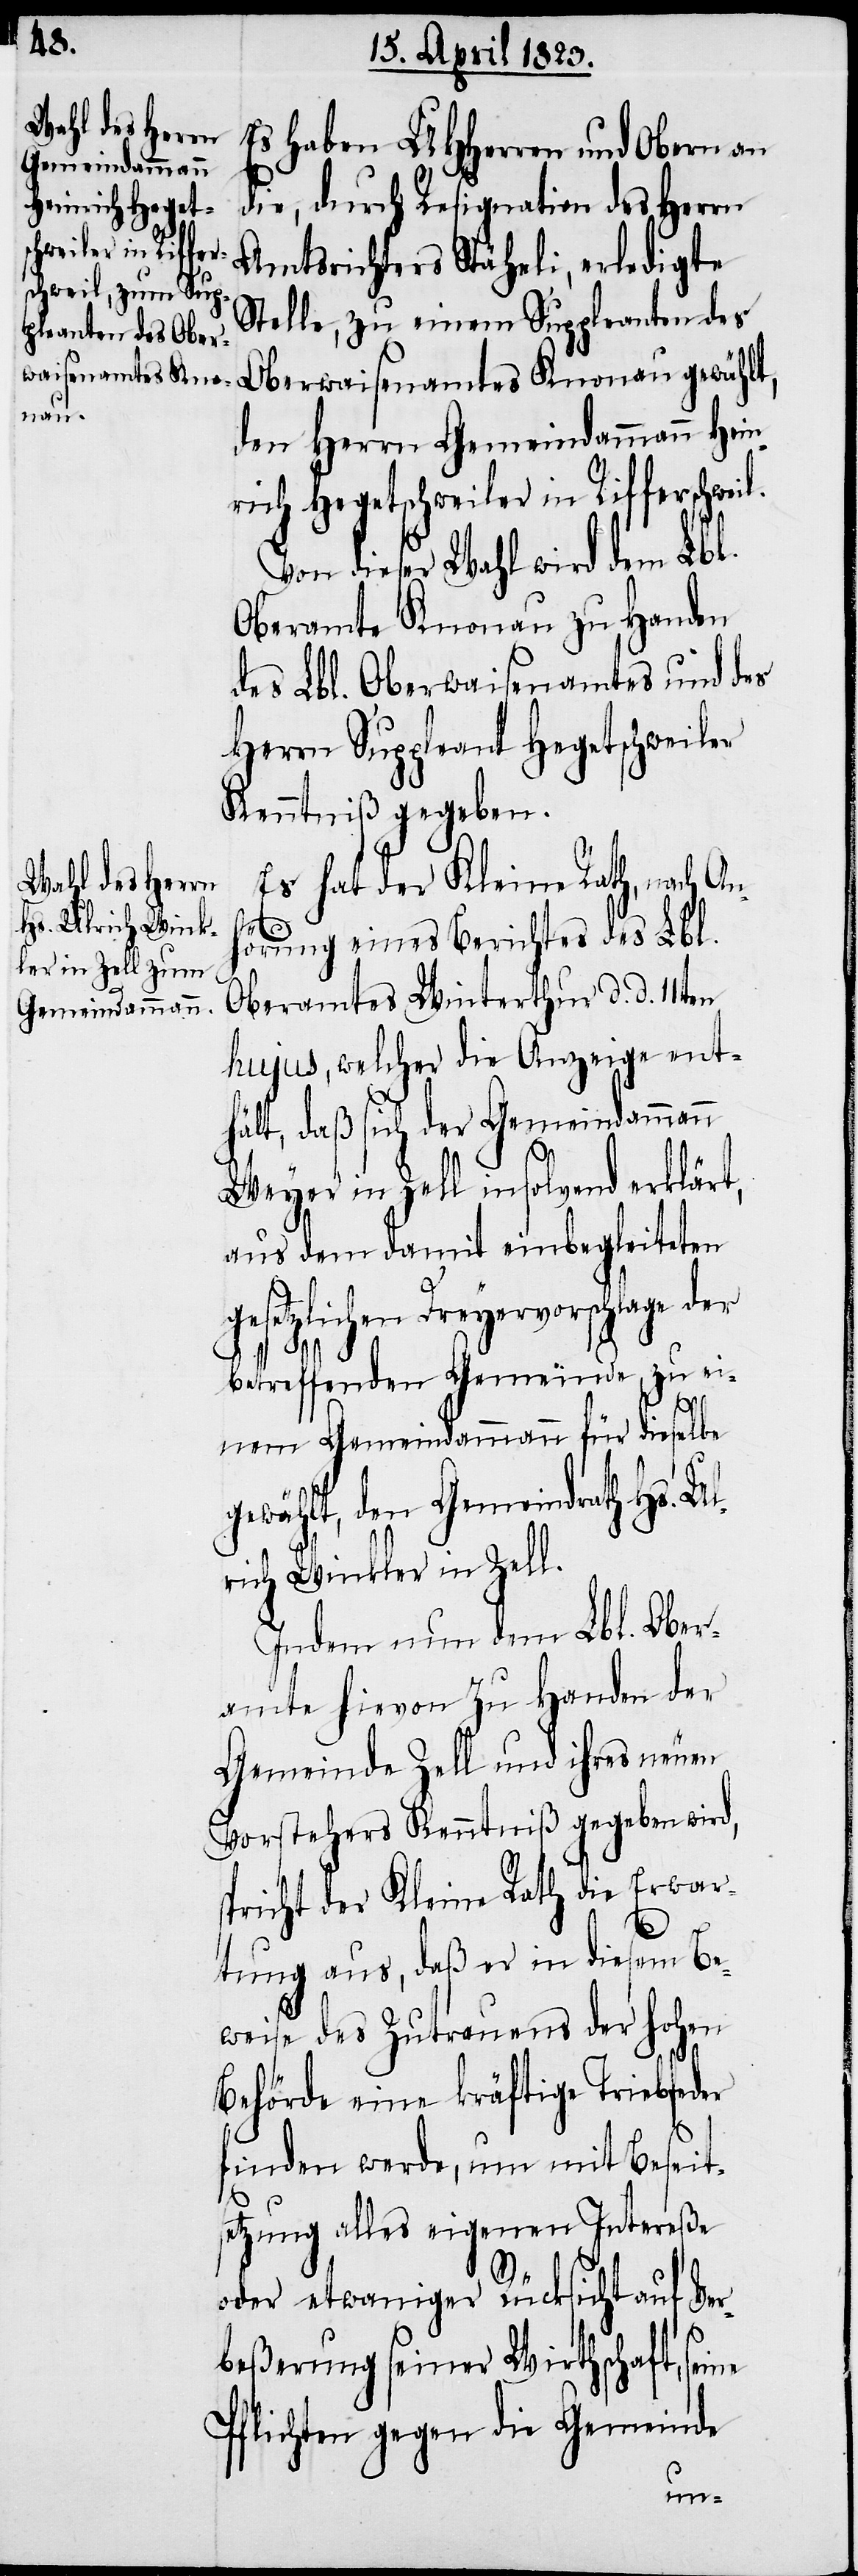
Es haben UHHerren und Obern an
die, durch Resignation des Herrn
Amtsrichters Stäheli, erledigte
Stelle, zu einem Suppleanten des
Oberwaisenamtes Knonau gewählt,
den Herrn Gemeindammann Hein¬
rich Hegetschweiler in Rifferschweil.
Von dieser Wahl wird dem Lbl.
Oberamte Knonau zu Handen
des Lbl. Oberwaisenamtes und des
Herrn Suppleant Hegetschweiler
Kenntniß gegeben.
Es hat der Kleine Rath, nach An¬
hörung eines Berichtes des Lbl.
Oberamtes Winterthur d. d. 11ten
hujus, welcher die Anzeige ent¬
hält, daß sich der Gemeindammann
Weyer in Zell insolvend erklärt,
aus dem damit einbegleiteten
gesetzlichen Dreyervorschlage
betreffenden Gemeinde, zu ei¬
nem Gemeindammann für dieselbe
gewählt, den Gemeindrath Hs. Ul¬
rich Winkler in Zell.
Indem nun dem Lbl. Ober¬
amte hievon Zu Handen der
Gemeinde Zell und ihres neuen
Vorstehers Kenntniß gegeben wird,
spricht der Kleine Rath die Erwar¬
tung aus, daß er in diesem Be¬
weise des Zutrauens der hohen
Behörde eine kräftige Triebfeder
finden werde, um mit Beseits¬
etzung alles eigenen Intereße
oder etwaniger Rücksicht auf Ver¬
beßerung seiner Wirthschaft,
Pflichten gegen die Gemeinde